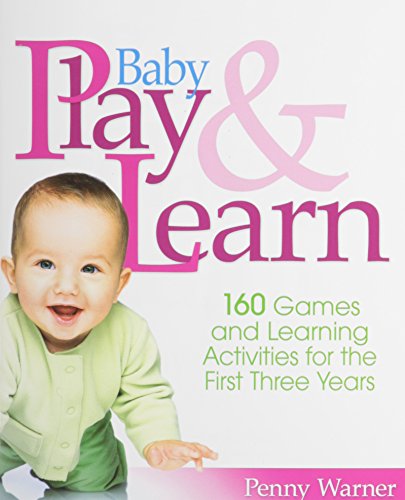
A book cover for Baby Play And Learn: 160 Games and Learning Activities for the First Three Years; Penny Warner; Parenting & Relationships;